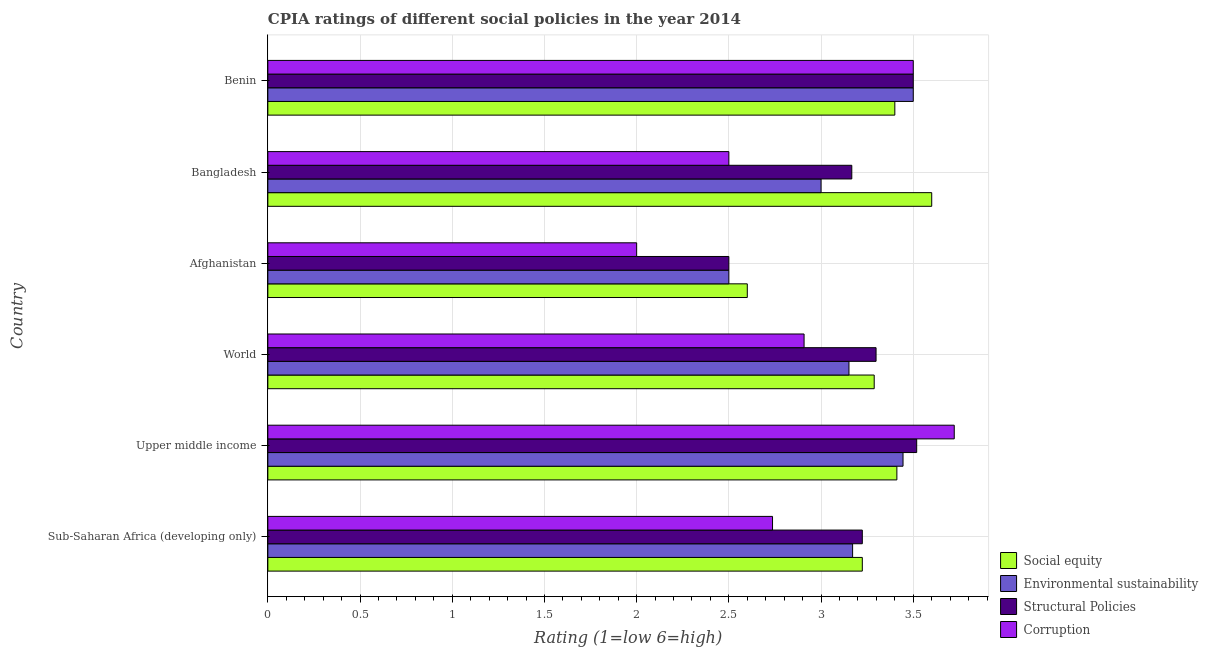
| Country | Social equity | Environmental sustainability | Structural Policies | Corruption |
 | --- | --- | --- | --- | --- |
 | Sub-Saharan Africa (developing only) | 3.22 | 3.17 | 3.22 | 2.74 |
 | Upper middle income | 3.41 | 3.44 | 3.52 | 3.72 |
 | World | 3.29 | 3.15 | 3.3 | 2.91 |
 | Afghanistan | 2.6 | 2.5 | 2.5 | 2 |
 | Bangladesh | 3.6 | 3 | 3.17 | 2.5 |
 | Benin | 3.4 | 3.5 | 3.5 | 3.5 |